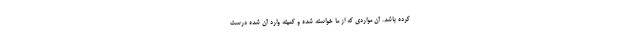
کرده باشد. آن مواردی که از ما خواسته شده و کمیته وارد آن شده درست